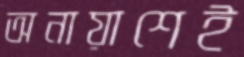
অনায়াশেই